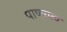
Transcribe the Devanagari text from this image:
पाष्चात्य